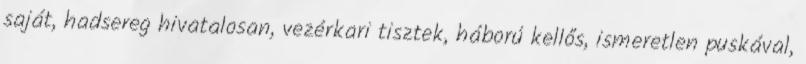
saját, hadsereg hivatalosan, vezérkari tisztek, háború kellős, ismeretlen puskával,